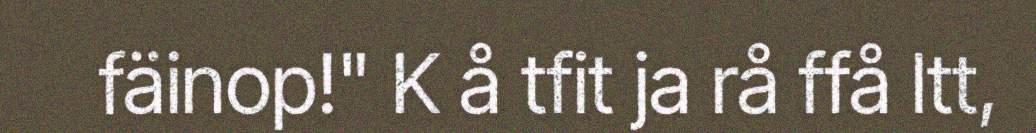
fäinop!" K å tfit ja rå ffå ltt,